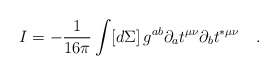
\begin{align*}I=-\frac{1}{16\pi }\int [d\Sigma ]\,g^{ab}\partial _{a}t^{\mu \nu }\partial_{b}t^{*\mu \nu }\quad . \end{align*}